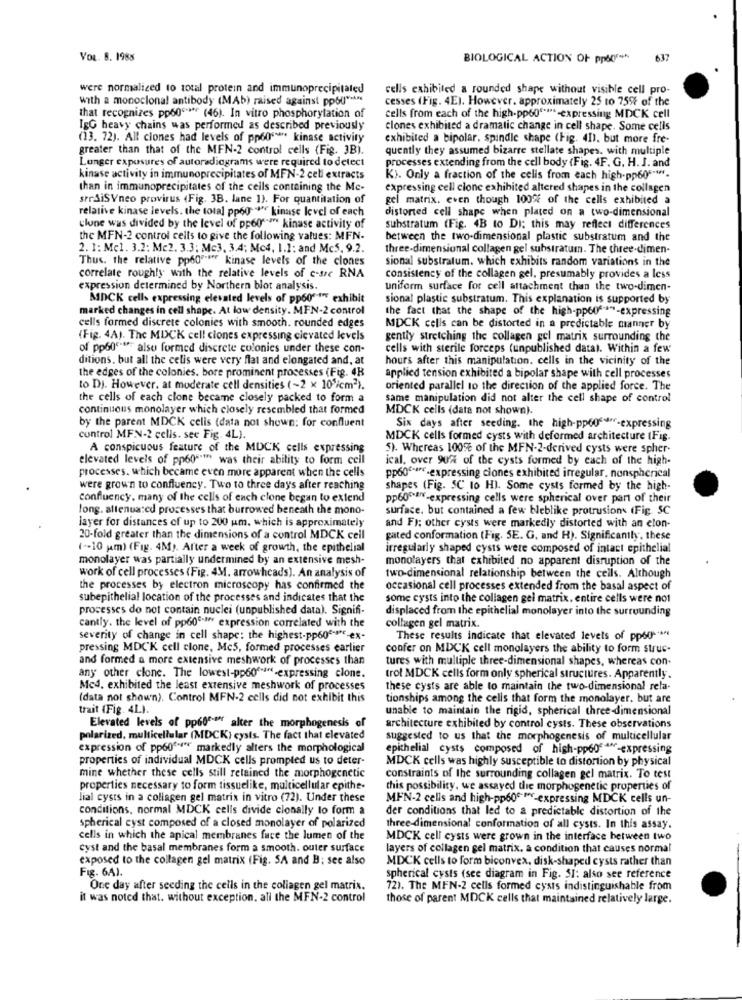
VOL. 8. 1988
BIOLOGICAL ACTION OF pp(
637
were normalized to total protein and immunoprecipitated
cells exhibited a rounded shape without visible cell pro-
with a monoclonal antibody (MAb) raised against ppoU" **
cesses (Fig. 4E). However, approximately 25 to 75% of the
that recognizes pp600 **** (46). In vitro phosphorylation of
cells from each of the high-pp60" ****- expressing MDCK cell
IgG heavy chains was performed as described previously
clones exhibited a dramatic change in cell shape. Some cells
(13. 72). All clones had levels of pp60"* kinase activity
exhibited a bipolar. spindle shape (Fig. 41), but more fre-
greater than that of the MFN-2 control cells (Fig. 3B).
quently they assumed bizarre stellate shapes. with multiple
Lunger exposure's of autoradiograms were required to detect
processes extending from the cell body (Fig. 4F. G. H. J. and
kinase activity in immunoprecipitates of MFN-2 cell extracts
K). Only a fraction of the cells from each high-pp605 -*-
than in immunoprecipitates of the cells containing the Mc-
expressing cell clone exhibited altered shapes in the collagen
serSiSVneo provirus (Fig. 3B. lane 1). For quantitation of
gel matrix. even though 1009% of the cells exhibited a
relative kinase levels. the total pp60 kinase level of each
distorted cell shape when plated on a two-dimensional
clone was divided by the level of pp60"" kinase activity of
substratum (Fig. 4B to DI: this may reflect differences
the MFN-2 control cells to give the following values: MFN-
between the two-dimensional plastic substratum and the
2. 1: Mcl. 3.2: Me2. 3.3: Mc3. 3.4; Mc4, 1.1: and Mc5. 9.2.
three-dimensional collagen gel substratum. The three-dimen-
Thus. the relative pp60"""" kinase levels of the clones
sional substratum. which exhibits random variations in the
correlate roughly with the relative levels of c-src RNA
consistency of the collagen gel, presumably provides a less
expression determined by Northern blot analysis.
uniform surface for cell attachment than the two-dimen-
MDCK cells expressing elevated levels of pp60"""" exhibit
sional plastic substratum. This explanation is supported by
marked changes in cell shape. At low density. MEN-2 control
the fact that the shape of the high-pp60 ***- expressing
cells formed discrete colonies with smooth. rounded edges
MDCK cells can be distorted in a predictable manner by
(Fig. 4A). The MDCK cell ciones expressing elevated levels
gently stretching the collagen gel matrix surrounding the
of pp60' -*** also formed discrete colonies under these con-
cells with sterile forceps (unpublished datal. Within a few
ditions, but all the cells were very flat and elongated and, at
hours after this manipulation. cells in the vicinity of the
the edges of the colonies. bore prominent processes (Fig. 4B
applied tension exhibited a bipolar shape with cell processes
to DJ. However, at moderate cell densities (~2 x 105/cm2).
oriented parallel to the direction of the applied force. The
the cells of each clone became closely packed to form a
same manipulation did not alter the cell shape of control
continuous monolayer which closely resembled that formed
MDCK cells (data not shown).
by the parent MDCK celis (data not shown; for confluent
Six days after seeding. the high-pp606-expressing
control MFN-2 cells. see Fig. 4L).
MDCK cells formed cysts with deformed architecture (Fig.
A conspicuous feature of the MOCK cells expressing
5). Whereas 100ft of the MFN-2-derived cysts were spher-
elevated levels of pp60"""" was their ability to form cell
ical. over 90% of the cysts formed by each of the high-
processes. which became even more apparent when the cells
pp60℃ -* - expressing clones exhibited irregular, nonspherical
were grown to confluency. Two to three days after reaching
shapes (Fig. SC to HI. Some cysts formed by the high-
confluency. many of the cells of each clone began to extend
pp604-expressing cells were spherical over part of their
long. attenuated processes that burrowed beneath the mono-
surface. but contained a few bleblike protrusion (Fig SC
layer for distances of up to 200 um. which is approximately
and F); other cysts were markedly distorted with an elon-
20-fold greater than the dimensions of a control MDCK cell
gated conformation (Fig. 5E. G. and H). Significantly, these
( -- 10 jam) (Fig. 4M). After a week of growth, the epithelial
irregularly shaped cysts were composed of intact epithelial
monolayer was partially undermined by an extensive mesh-
monolayers that exhibited no apparent disruption of the
work of cell processes (Fig. 4M. arrowheads). An analysis of
two-dimensional relationship between the cells. Although
the processes by electron microscopy has confirmed the
occasional cell processes extended from the basal aspect of
subepithelial location of the processes and indicates that the
some cysts into the collagen gel matrix, entire cells were not
processes do not contain nuclei (unpublished data). Signifi-
displaced from the epithelial monolayer into the surrounding
cantly. the level of pp60º- expression correlated with the
collagen gel matrix.
severity of change in cell shape: the highest-pp60"-"-ex-
These results indicate that elevated levels of ppod .**
pressing MDCK cell clone, Mc5, formed processes earlier
confer on MDCK cell monolayers the ability to form struc-
and formed a more extensive meshwork of processes than
tures with multiple three-dimensional shapes, whereas con-
any other clone. The lowest-pp60 ****- expressing clone.
trol MDCK cells form only spherical structures. Apparently.
Med. exhibited the least extensive meshwork of processes
these cysts are able to maintain the two-dimensional rela-
(data not shown). Control MFN-2 cells did not exhibit this
tionships among the cells that form the monolayer. but are
trait (Fig. 4L).
unable to maintain the rigid, spherical three-dimensional
Elevated levels of pp60 **** alter the morphogenesis of
architecture exhibited by control cysts. These observations
polarized. multicellular (MDCK) cysts. The fact that elevated
suggested to us that the morphogenesis of multicellular
expression of pp60es" markedly alters the morphological
epithelial cysts composed of high-pp606 -expressing
properties of individual MDCK cells prompted us to deter-
MDCK cells was highly susceptible to distortion by physical
mine whether these cells still retained the morphogenetic
constraints of the surrounding collagen gel matrix. To test
properties necessary to form tissuelike, multicellular epithe.
this possibility, we assayed the morphogenetic properties of
lial cysts in a collagen gel matrix in vitro (72). Under these
MEN-2 cells and high-pp60€ ™-expressing MDCK cells un-
conditions, normal MDCK cells divide clonally to form a
der conditions that led to a predictable distortion of the
spherical cyst composed of a closed monolayer of polarized
three-dimensional conformation of all cysts. In this assay.
cells in which the apical membranes face the lumen of the
MDCK cell cysts were grown in the interface between two
cyst and the basal membranes form a smooth. outer surface
layers of collagen gel matrix. a condition that causes normal
exposed to the collagen gel matrix (Fig. SA and B; see also
MDCK cells to form biconvex, disk-shaped cysts rather than
Fig. 6A1.
spherical cysts (see diagram in Fig. 31: also see reference
One day after seeding the cells in the collagen gel matrix.
72). The MFN-2 cells formed cysis indistinguishable from
it was noted that. without exception. all the MFN-2 control
those of parent MOCK cells that maintained relatively large.